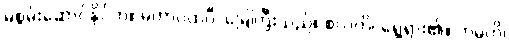
မစွမ်းဆောင်နိုင်ဘဲ။ မဟာပထဝီ၊ မြေကြီးသည်။ စလတိ၊ ရွေ့ရှား၏။ ကမ္ပတိ၊